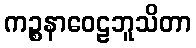
ကဉ္စနာဝေဠဘူသိတာ